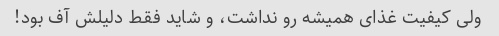
ولی کیفیت غذای همیشه رو نداشت، و شاید فقط دلیلش آف بود!